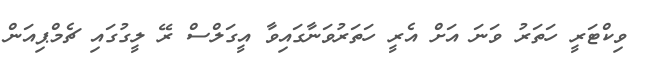
ވިކްޓަރީ ހަތަރު ވަނަ އަށް އެރީ ހަތަރުވަނާގައިވާ އީގަލްސް ރޭ ލީގުގައި ޗެމްޕިއަން